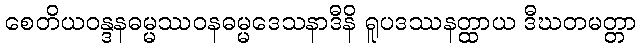
စေတိယဝန္ဒနဓမ္မဿဝနဓမ္မဒေသနာဒီနိ ရူပဒဿနတ္ထာယ ဒီဃတမတ္တာ